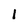
Character: 1